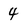
Character: 4